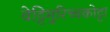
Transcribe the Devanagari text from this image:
वेट्टिमुरिच्चकोट्टा